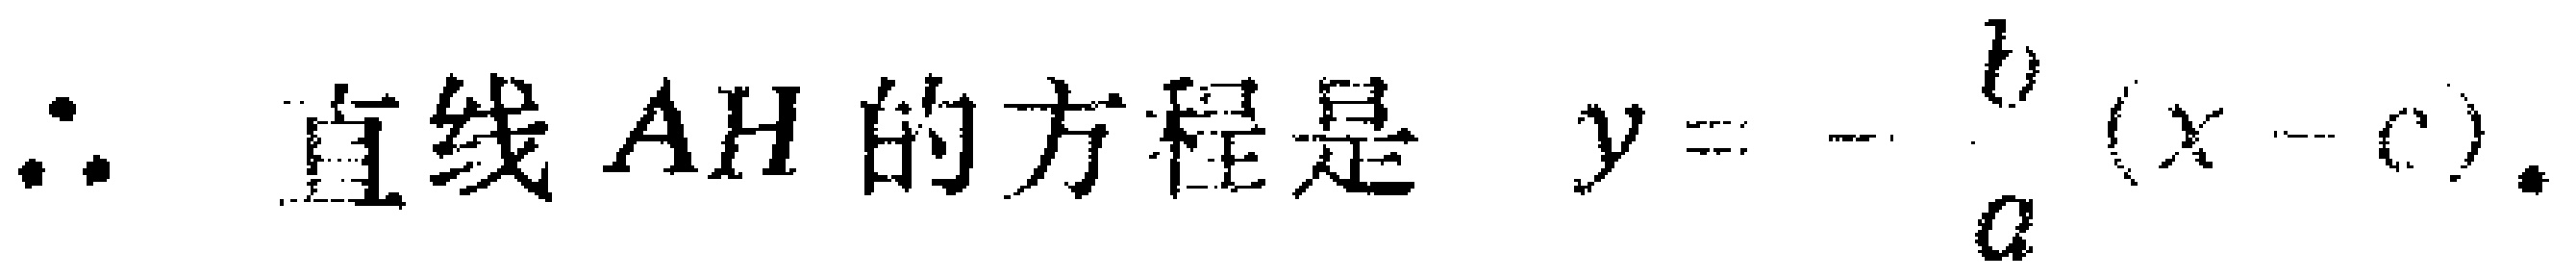
\(\therefore \text{ 直线 }AH\text{ 的方程是 }y = -\frac{b}{a}(x - c).\)